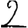
Digit: 2